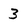
Character: 3